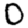
Digit: 0